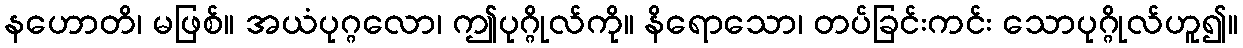
နဟောတိ၊ မဖြစ်။ အယံပုဂ္ဂလော၊ ဤပုဂ္ဂိုလ်ကို။ နိရောသော၊ တပ်ခြင်းကင်း သောပုဂ္ဂိုလ်ဟူ၍။